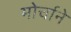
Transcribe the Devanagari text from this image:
मोर्चाने